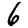
Digit: 6